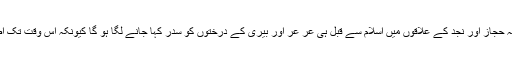
یہاں اس حقیقت سے انکار نہیں کیا جا سکتا کہ حجاز اور نجد کے علاقوں میں اسلام سے قبل ہی عر عر اور بیری کے درختوں کو سدر کہا جانے لگا ہو گا کیونکہ اس وقت تک اصلی سدر یعنی الارز بہت کامیاب ہو گیا تھا ۔